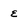
Character: E